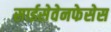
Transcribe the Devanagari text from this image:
साईसेवेनफेसेस